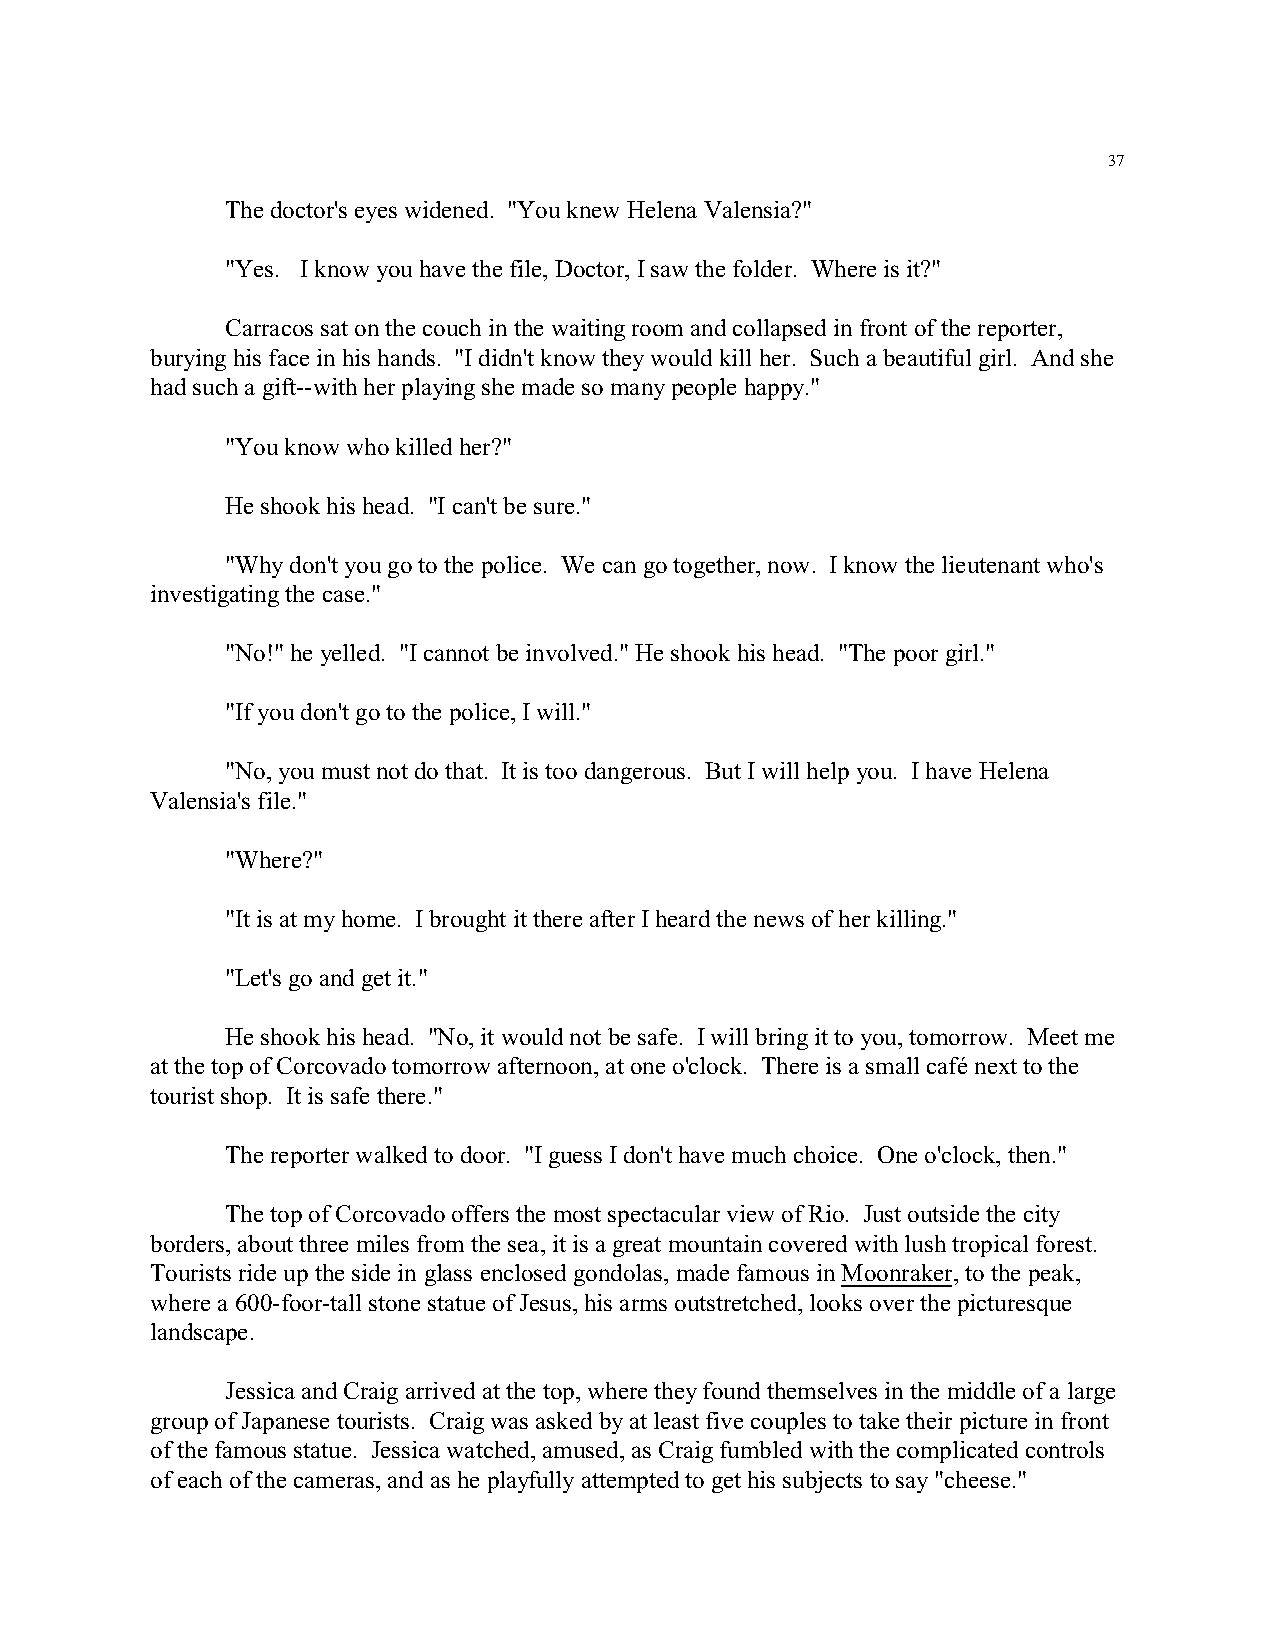
37
 The doctor's eyes widened. "You knew Helena Valensia?"
 "Yes. I know you have the file, Doctor, I saw the folder. Where is it?"
 Carracos sat on the couch in the waiting room and collapsed in front of the reporter,
 burying his face in his hands. "I didn't know they would kill her. Such a beautiful girl. And she
 had such a gift--with her playing she made so many people happy."
 "You know who killed her?"
 He shook his head. "I can't be sure."
 "Why don't you go to the police. We can go together, now. I know the lieutenant who's
 investigating the case."
 "No!" he yelled. "I cannot be involved." He shook his head. "The poor girl."
 "If you don't go to the police, I will."
 "No, you must not do that. It is too dangerous. But I will help you. I have Helena
 Valensia's file."
 "Where?"
 "It is at my home. I brought it there after I heard the news of her killing."
 "Let's go and get it."
 He shook his head. "No, it would not be safe. I will bring it to you, tomorrow. Meet me
 at the top of Corcovado tomorrow afternoon, at one o'clock. There is a small café next to the
 tourist shop. It is safe there."
 The reporter walked to door. "I guess I don't have much choice. One o'clock, then."
 The top of Corcovado offers the most spectacular view of Rio. Just outside the city
 borders, about three miles from the sea, it is a great mountain covered with lush tropical forest.
 Tourists ride up the side in glass enclosed gondolas, made famous in Moonraker, to the peak,
 where a 600-foor-tall stone statue of Jesus, his arms outstretched, looks over the picturesque
 landscape.
 Jessica and Craig arrived at the top, where they found themselves in the middle of a large
 group of Japanese tourists. Craig was asked by at least five couples to take their picture in front
 of the famous statue. Jessica watched, amused, as Craig fumbled with the complicated controls
 of each of the cameras, and as he playfully attempted to get his subjects to say "cheese."